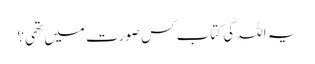
یہ اللہ کی کتاب کس صورت میں تھی؟